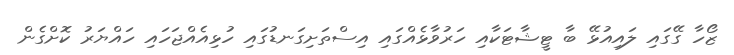
ޒޯހާ ގޭގައި ލައިއުޅޭ ބާ ޓީޝާޓަކާއި ހަރުވާޅެއްގައި އިސްތަށިގަނޑުގައި ހުޅިއެއްޖަހައި ހައްޔަރު ކޮށްގެން